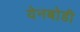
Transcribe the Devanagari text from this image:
येनबोडी